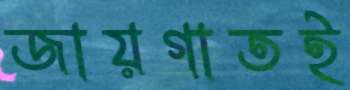
জায়গাতই